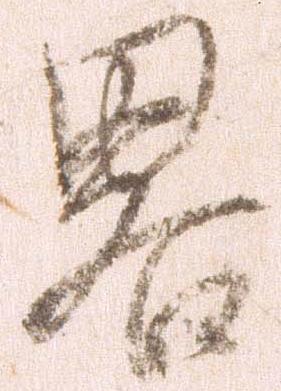
略